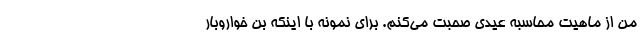
من از ماهیت محاسبه عیدی صحبت می‌کنم. برای نمونه با اینکه بن خواروبار